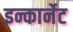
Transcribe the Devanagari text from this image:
इन्कार्नेट